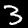
Digit: 3